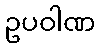
ဥပဝါဏ